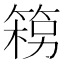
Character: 𮅦